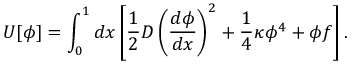
U [ \phi ] = \int _ { 0 } ^ { 1 } d x \left[ \frac { 1 } { 2 } D \left( \frac { d \phi } { d x } \right) ^ { 2 } + \frac { 1 } { 4 } \kappa \phi ^ { 4 } + \phi f \right] .